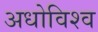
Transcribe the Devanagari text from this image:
अधोविश्व